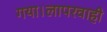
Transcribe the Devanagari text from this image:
गया।लापरवाही